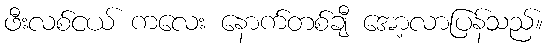
ဖီးလစ်ငယ် ကလေး နောက်တစ်ချီ အော့လာပြန်သည်။